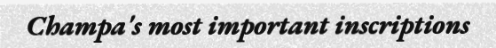
Champa's most important inscriptions